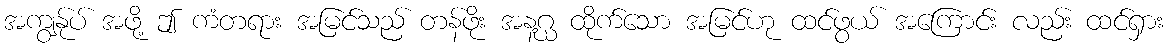
အကျွန်ုပ် အဖို့ ဤ ကံတရား အမြင်သည် တန်ဖိုး အနဂ္ဃ ထိုက်သော အမြင်ဟု ထင်ဖွယ် အကြောင်း လည်း ထင်ရှား